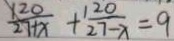
\frac { 1 2 0 } { 2 7 + x } + \frac { 1 2 0 } { 2 7 - x } = 9